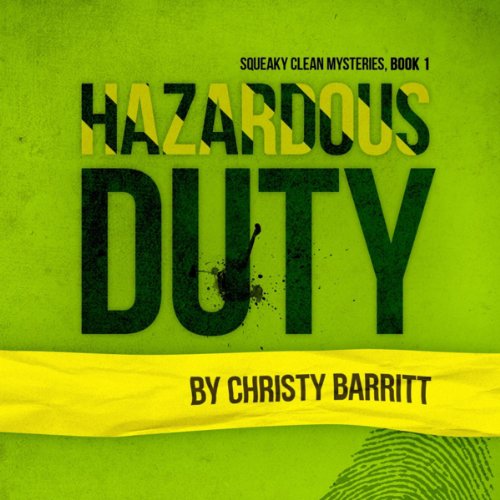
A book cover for Hazardous Duty: Squeaky Clean Mysteries, Book 1; Christy Barritt; Christian Books & Bibles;